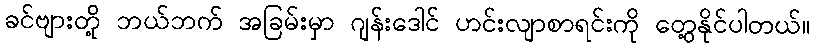
ခင်ဗျားတို့ ဘယ်ဘက် အခြမ်းမှာ ဂျန်းဒေါင် ဟင်းလျာစာရင်းကို တွေ့နိုင်ပါတယ်။